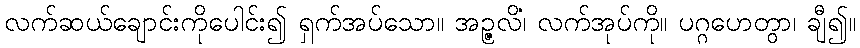
လက်ဆယ်ချောင်းကိုပေါင်း၍ ရှက်အပ်သော။ အဉ္ဇလိံ၊ လက်အုပ်ကို။ ပဂ္ဂဟေတွာ၊ ချီ၍။